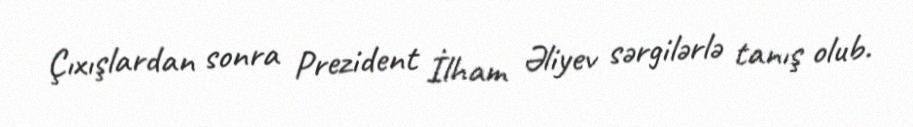
Çıxışlardan sonra Prezident İlham Əliyev sərgilərlə tanış olub.